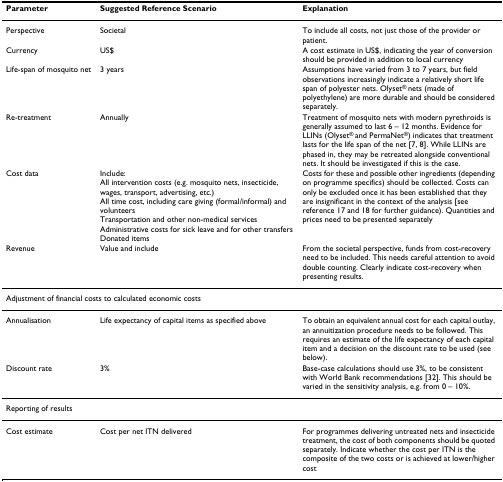
<table><thead><tr><td><b>Parameter</b></td><td><b>Suggested Reference Scenario</b></td><td><b>Explanation</b></td></tr></thead><tbody><tr><td>Perspective</td><td>Societal</td><td>To include all costs, not just those of the provider or patient.</td></tr><tr><td>Currency</td><td>US$</td><td>A cost estimate in US$, indicating the year of conversion should be provided in addition to local currency</td></tr><tr><td>Life-span of mosquito net</td><td>3 years</td><td>Assumptions have varied from 3 to 7 years, but field observations increasingly indicate a relatively short life span of polyester nets. Olyset<sup>® </sup>nets (made of polyethylene) are more durable and should be considered separately.</td></tr><tr><td>Re-treatment</td><td>Annually</td><td>Treatment of mosquito nets with modern pyrethroids is generally assumed to last 6 – 12 months. Evidence for LLINs (Olyset<sup>® </sup>and PermaNet<sup>®</sup>) indicates that treatment lasts for the life span of the net [7, 8]. While LLINs are phased in, they may be retreated alongside conventional nets. It should be investigated if this is the case.</td></tr><tr><td>Cost data</td><td>Include:All intervention costs (e.g. mosquito nets, insecticide, wages, transport, advertising, etc.)All time cost, including care giving (formal/informal) and volunteersTransportation and other non-medical servicesAdministrative costs for sick leave and for other transfersDonated items</td><td>Costs for these and possible other ingredients (depending on programme specifics) should be collected. Costs can only be excluded once it has been established that they are insignificant in the context of the analysis [see reference 17 and 18 for further guidance). Quantities and prices need to be presented separately</td></tr><tr><td>Revenue</td><td>Value and include</td><td>From the societal perspective, funds from cost-recovery need to be included. This needs careful attention to avoid double counting. Clearly indicate cost-recovery when presenting results.</td></tr><tr><td colspan="3">Adjustment of financial costs to calculated economic costs</td></tr><tr><td>Annualisation</td><td>Life expectancy of capital items as specified above</td><td>To obtain an equivalent annual cost for each capital outlay, an annuitization procedure needs to be followed. This requires an estimate of the life expectancy of each capital item and a decision on the discount rate to be used (see below).</td></tr><tr><td>Discount rate</td><td>3%</td><td>Base-case calculations should use 3%, to be consistent with World Bank recommendations [32]. This should be varied in the sensitivity analysis, e.g. from 0 – 10%.</td></tr><tr><td colspan="3">Reporting of results</td></tr><tr><td>Cost estimate</td><td>Cost per net ITN delivered</td><td>For programmes delivering untreated nets and insecticide treatment, the cost of both components should be quoted separately. Indicate whether the cost per ITN is the composite of the two costs or is achieved at lower/higher cost</td></tr></tbody></table>